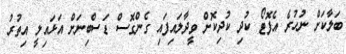
ބަލާކަށް ނުހުރެ އެފޮޓޯ ކުދި ކުދިކޮށް ވީދާލައިފައި ގެންގޮސް ޑަސްބިނަށް އަޅައިލީ އިތުރު